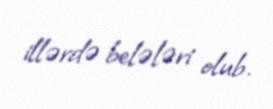
illərdə belələri olub.